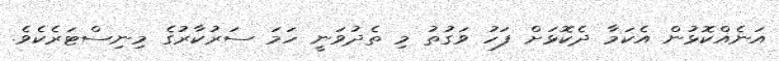
އަނެއްކޮޅުން އެކަމާ ދެކޮޅަށް ފަހު ވަގުތު މި ތެދުވަނީ ހަމަ ސަރުކާރުގެ މިނިސްޓަރެކެވެ.